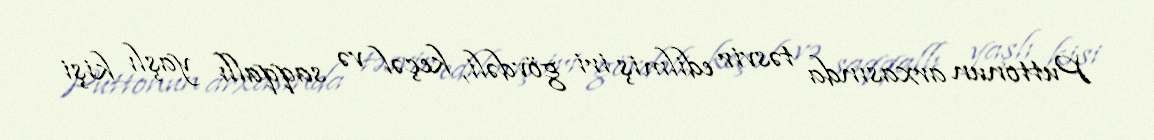
Puttonun arxasında təsvir edilmiş iri gövdəli, keçəl və saqqallı yaşlı kişi